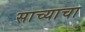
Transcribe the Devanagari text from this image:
साच्याचा